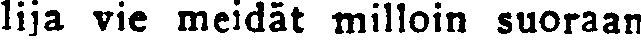
lija vie meidät milloin suoraan